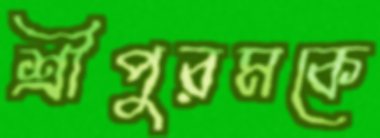
শ্রীপুরমকে